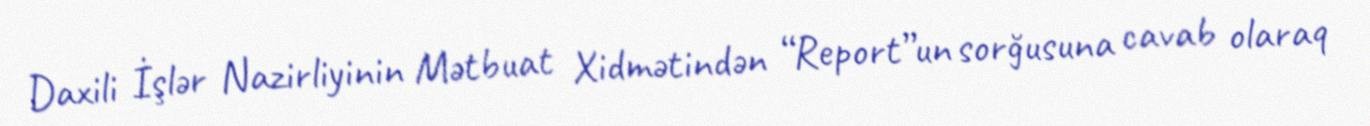
Daxili İşlər Nazirliyinin Mətbuat Xidmətindən “Report”un sorğusuna cavab olaraq